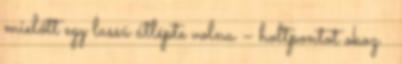
mielőtt egy lassú átlépte volna – holtpontot okoz ●